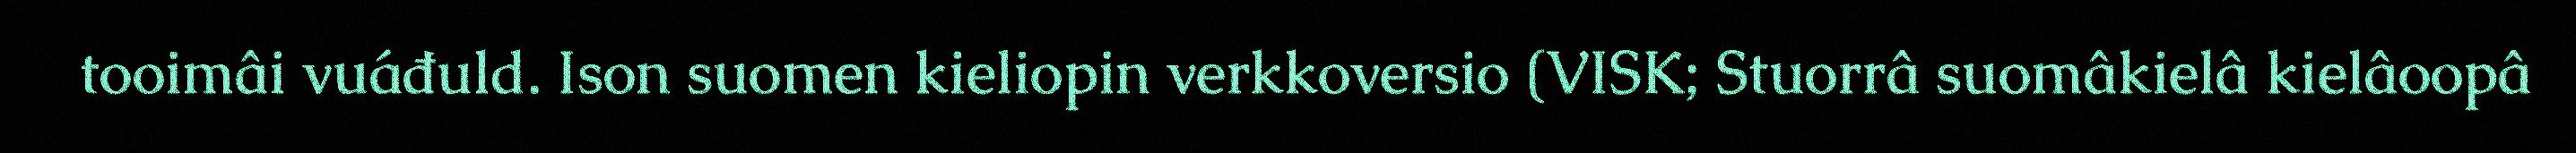
tooimâi vuáđuld. Ison suomen kieliopin verkkoversio (VISK; Stuorrâ suomâkielâ kielâoopâ